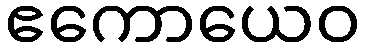
ဧကောယေဝ